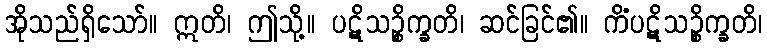
အိုသည်ရှိသော်။ ဣတိ၊ ဤသို့။ ပဋိသဉ္စိက္ခတိ၊ ဆင်ခြင်၏။ ကိံပဋိသဉ္စိက္ခတိ၊